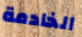
الخادمة